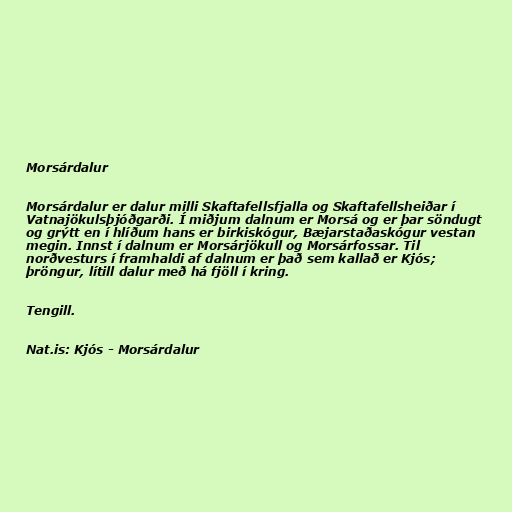
Morsárdalur

Morsárdalur er dalur milli Skaftafellsfjalla og Skaftafellsheiðar í
Vatnajökulsþjóðgarði. Í miðjum dalnum er Morsá og er þar söndugt
og grýtt en í hlíðum hans er birkiskógur, Bæjarstaðaskógur vestan
megin. Innst í dalnum er Morsárjökull og Morsárfossar. Til
norðvesturs í framhaldi af dalnum er það sem kallað er Kjós;
þröngur, lítill dalur með há fjöll í kring.

Tengill.

Nat.is: Kjós - Morsárdalur